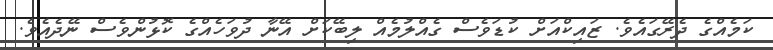
ކަމެއްގެ ދެރޭގައެވެ. ޒައިކްއަށް ކުޑަވެސް ގެއްލުމެއް ލިބޭކަށް އޭނާ ދުވަހެއްގެ ކޮޅުންވެސް ނޭދެއެވެ.